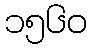
၁၅၆၀